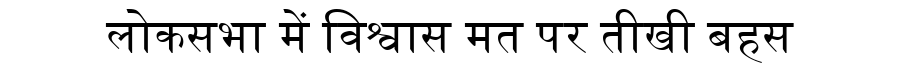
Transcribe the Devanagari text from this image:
लोकसभा में विश्वास मत पर तीखी बहस